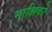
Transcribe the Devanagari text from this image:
माक्षिकों